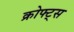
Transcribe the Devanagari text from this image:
क्रोफ्ट्स